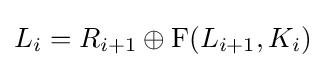
L_{i}=R_{i+1}\oplus \operatorname {F} (L_{i+1},K_{i})